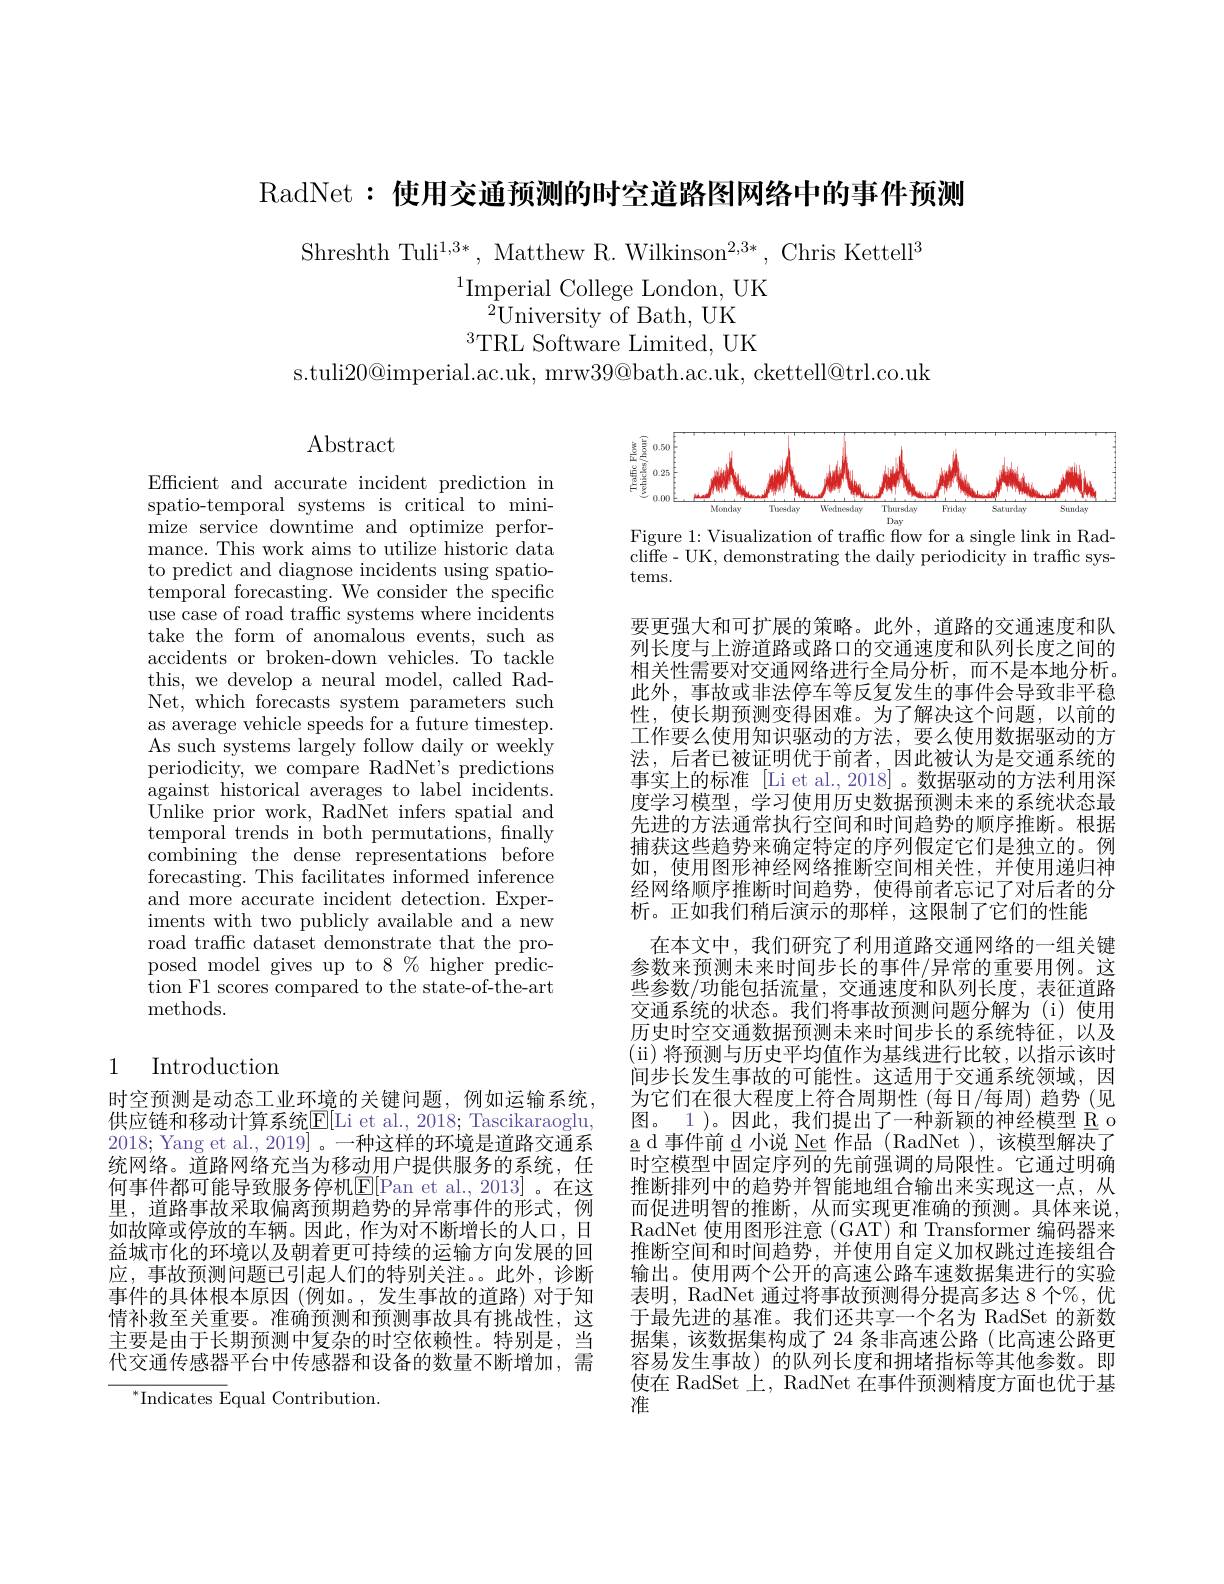
RadNet:使用交通预测的时空道路图网络中的事件预测

Shreshth Tuli$^1,3*$, Matthew R. Wilkinson$^2,3*$, Chris Kettell$^3$
$^{1}$Imperial College London, UK
${}^{\hat{2}}$University of Bath, UK
$^{3}$TRL Software Limited, UK

s.tuli20@imperial.ac.uk, mrw39@bath.ac.uk, ckettell@trl.co.uk

$\operatorname{Abstract}$

Efficient and accurate incident prediction in spatio-temporal systems is critical to minimize service downtime and optimize performance. This work aims to utilize historic data to predict and diagnose incidents using spatiotemporal forecasting. We consider the specific use case of road traffic systems where incidents take the form of anomalous events, such as accidents or broken-down vehicles. To tackle this, we develop a neural model, called RadNet, which forecasts system parameters such as average vehicle speeds for a future timestep. As such systems largely follow daily or weekly periodicity, we compare RadNet's predictions against historical averages to label incidents. Unlike prior work, RadNet infers spatial and temporal trends in both permutations, fnally combining the dense representations'before forecasting. This facilitates informed inference and more accurate incident detection. Experiments with two publicly available and a new road traffic dataset demonstrate that the proposed model gives up to 8% higher predic- $\operatorname{tion}$F1 scores compared to the state-of-the-art methods.

## 1 Introduction

时空预测是动态工业环境的关键问题，例如运输系统， 供应链和移动计算系统$\underline{\mathrm{E}}[$Li et al., 2018; Tascikaraoglu, 2018; Yang et al., 2019]。一种这样的环境是道路交通系统网络。道路网络充当为移动用户提供服务的系统，任何事件都可能导致服务停机$\mathbb{E}[$Pan et al., 2013]。在这里，道路事故采取偏离预期趋势的异常事件的形式，例如故障或停放的车辆。因此，作为对不断增长的人口，日益城市化的环境以及朝着更可持续的运输方向发展的回应，事故预测问题已引起人们的特别关注。此外，诊断事件的具体根本原因 (例如。,发生事故的道路)对于知情补救至关重要。准确预测和预测事故具有挑战性，这主要是由于长期预测中复杂的时空依赖性。特别是，当代交通传感器平台中传感器和设备的数量不断增加，需

$^{*}{\mathrm{Indicates~Equal~Contribution.}}$

<FigureHere>
Figure 1: Visualization of traffic flow for a single link in Rad-

cliffe- UK, demonstrating the daily periodicity in traffic sys-
tems.

要更强大和可扩展的策略。此外，道路的交通速度和队列长度与上游道路或路口的交通速度和队列长度之间的相关性需要对交通网络进行全局分析，而不是本地分析。此外，事故或非法停车等反复发生的事件会导致非平稳性，使长期预测变得困难。为了解决这个问题，以前的工作要么使用知识驱动的方法，要么使用数据驱动的方法，后者已被证明优于前者，因此被认为是交通系统的事实上的标准 [Li et al.,2018]。数据驱动的方法利用深度学习模型，学习使用历史数据预测未来的系统状态最先进的方法通常执行空间和时间趋势的顺序推断。根据捕获这些趋势来确定特定的序列假定它们是独立的。例如，使用图形神经网络推断空间相关性，并使用递归神经网络顺序推断时间趋势，使得前者忘记了对后者的分析。正如我们稍后演示的那样，这限制了它们的性能
在本文中，我们研究了利用道路交通网络的一组关键参数来预测未来时间步长的事件/异常的重要用例。这些参数/功能包括流量，交通速度和队列长度，表征道路交通系统的状态。我们将事故预测问题分解为(i)使用历史时空交通数据预测未来时间步长的系统特征，以及$( \" {u}$) 将预测与历史平均值作为基线进行比较，以指示该时间步长发生事故的可能性。这适用于交通系统领域，因为它们在很大程度上符合周期性 (每日/每周) 趋势 (见图。1)。因此，我们提出了一种新颖的神经模型 R o $\underline{\mathrm{a~d~事件前~d~小说~Net~}}$作品(RadNet),该模型解决了时空模型中固定序列的先前强调的局限性。它通过明确推断排列中的趋势并智能地组合输出来实现这一点，从而促进明智的推断，从而实现更准确的预测。具体来说RadNet 使用图形注意 (GAT) 和 Transformer 编码器来推断空间和时间趋势，并使用自定义加权跳过连接组合输出。使用两个公开的高速公路车速数据集进行的实验表明，RadNet 通过将事故预测得分提高多达 8 个%, 优于最先进的基准。我们还共享一个名为 RadSet 的新数据集，该数据集构成了 24 条非高速公路(比高速公路更容易发生事故)的队列长度和拥堵指标等其他参数。即使在 RadSet 上，RadNet 在事件预测精度方面也优于基淮